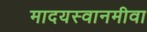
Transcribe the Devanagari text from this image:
मादयस्वानमीवा